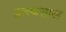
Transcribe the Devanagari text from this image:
इत्त्थसाल